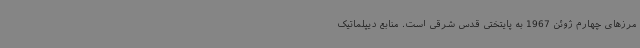
مرزهای چهارم ژوئن 1967 به پایتختی قدس شرقی است‌. منابع دیپلماتیک